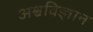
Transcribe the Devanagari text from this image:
अश्वविज्ञान